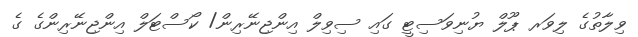
ވިލާތުގެ ލިވަރ ޕޫލް ޔުނިވަސިޓީ ގައި ސިވިލް އިންޖިނޭރިން/ ކޯސްޓަލް އިންޖިނޭރިންގެ ގެ